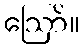
ဪ။